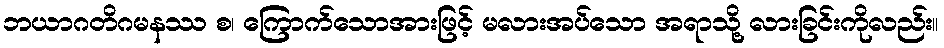
ဘယာဂတိဂမနဿ စ၊ ကြောက်သောအားဖြင့် မလားအပ်သော အရာသို့ လားခြင်းကိုလည်း။